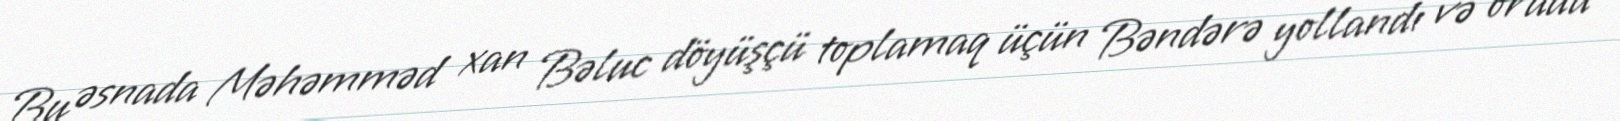
Bu əsnada Məhəmməd xan Bəluc döyüşçü toplamaq üçün Bəndərə yollandı və orada